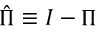
{ \hat { \Pi } } \equiv I - \Pi